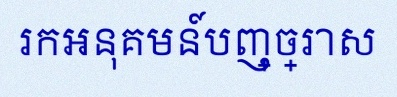
រកអនុគមន៍បញ្ច្រាស